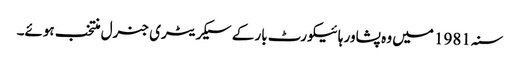
سنہ 1981 میں وہ پشاور ہائیکورٹ بار کے سیکریٹری جنرل منتخب ہوئے۔